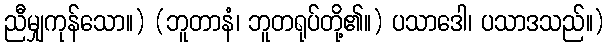
ညီမျှကုန်သော။) (ဘူတာနံ၊ ဘူတရုပ်တို့၏။) ပသာဒေါ၊ ပသာဒသည်။)